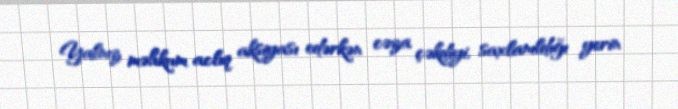
Yalnız məhkum aclıq aksiyası edərkən cəza çəkdiyi, saxlanıldığı yerin